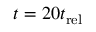
t = 2 0 t _ { \mathrm { r e l } }